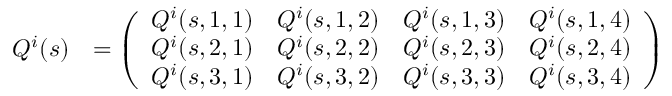
\begin{array} { r l } { Q ^ { i } ( s ) } & { = \left( \begin{array} { l l l l } { Q ^ { i } ( s , 1 , 1 ) } & { Q ^ { i } ( s , 1 , 2 ) } & { Q ^ { i } ( s , 1 , 3 ) } & { Q ^ { i } ( s , 1 , 4 ) } \\ { Q ^ { i } ( s , 2 , 1 ) } & { Q ^ { i } ( s , 2 , 2 ) } & { Q ^ { i } ( s , 2 , 3 ) } & { Q ^ { i } ( s , 2 , 4 ) } \\ { Q ^ { i } ( s , 3 , 1 ) } & { Q ^ { i } ( s , 3 , 2 ) } & { Q ^ { i } ( s , 3 , 3 ) } & { Q ^ { i } ( s , 3 , 4 ) } \end{array} \right) } \end{array}